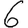
Digit: 6